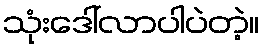
သုံးဒေါ်လာပါပဲတဲ့။